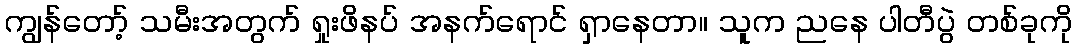
ကျွန်တော့် သမီးအတွက် ရှုးဖိနပ် အနက်ရောင် ရှာနေတာ။ သူက ညနေ ပါတီပွဲ တစ်ခုကို